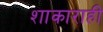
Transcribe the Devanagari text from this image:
शाकाराही